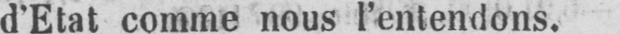
d’Etat comme nous l’entendons.